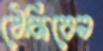
ঠেকিবেন